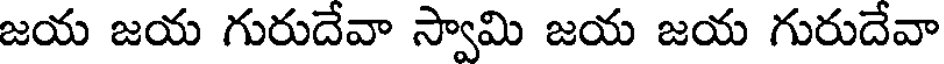
జయ జయ గురుదేవా స్వామి జయ జయ గురుదేవా